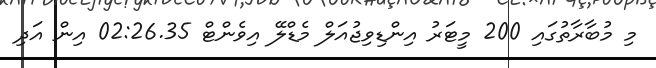
މި މުބާރާތުގައި 200 މީޓަރު އިންޑިވިޖުއަލް މެޑްލޭ އިވެންޓް 02:26.35 އިން އަދި